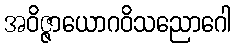
အဝိဇ္ဇာယောဂဝိသညောဂေါ